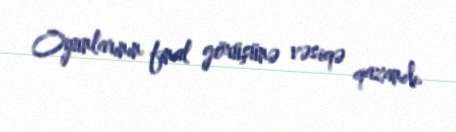
Oyunlarının final görüşünə vəsiqə qazandı.